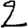
Digit: 2